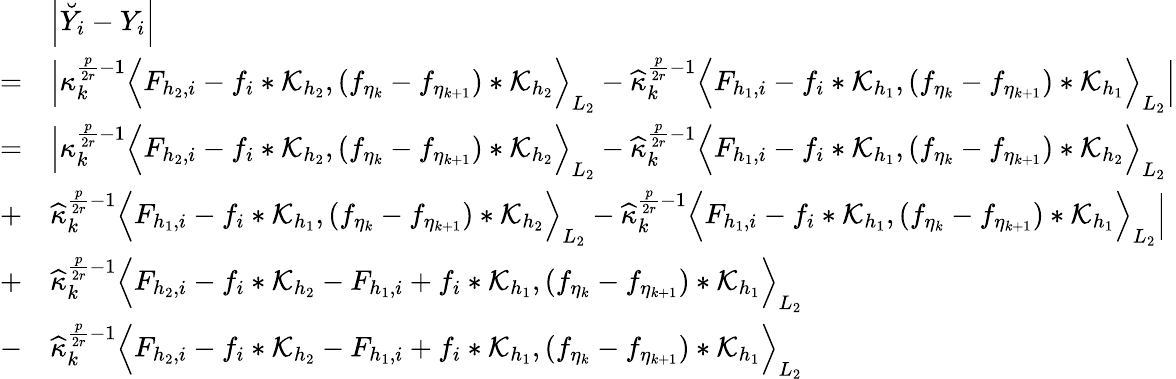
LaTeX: \begin{array}{rl}&{\Big|\breve{Y}_{i}-Y_{i}\Big|}\\ {=}&{\Big|\kappa_{k}^{\frac{p}{2r}-1}\Big\langle F_{{h_{2}},i}-f_{i}*\mathcal{K}_{h_{2}},(f_{\eta_{k}}-f_{\eta_{k+1}})*\mathcal{K}_{h_{2}}\Big\rangle_{L_{2}}-\widehat{\kappa}_{k}^{\frac{p}{2r}-1}\Big\langle F_{{h_{1}},i}-f_{i}*\mathcal{K}_{h_{1}},(f_{\eta_{k}}-f_{\eta_{k+1}})*\mathcal{K}_{h_{1}}\Big\rangle_{L_{2}}\Big|}\\ {=}&{\Big|\kappa_{k}^{\frac{p}{2r}-1}\Big\langle F_{{h_{2}},i}-f_{i}*\mathcal{K}_{h_{2}},(f_{\eta_{k}}-f_{\eta_{k+1}})*\mathcal{K}_{h_{2}}\Big\rangle_{L_{2}}-\widehat{\kappa}_{k}^{\frac{p}{2r}-1}\Big\langle F_{{h_{1}},i}-f_{i}*\mathcal{K}_{h_{1}},(f_{\eta_{k}}-f_{\eta_{k+1}})*\mathcal{K}_{h_{2}}\Big\rangle_{L_{2}}}\\ {+}&{\widehat{\kappa}_{k}^{\frac{p}{2r}-1}\Big\langle F_{{h_{1}},i}-f_{i}*\mathcal{K}_{h_{1}},(f_{\eta_{k}}-f_{\eta_{k+1}})*\mathcal{K}_{h_{2}}\Big\rangle_{L_{2}}-\widehat{\kappa}_{k}^{\frac{p}{2r}-1}\Big\langle F_{{h_{1}},i}-f_{i}*\mathcal{K}_{h_{1}},(f_{\eta_{k}}-f_{\eta_{k+1}})*\mathcal{K}_{h_{1}}\Big\rangle_{L_{2}}\Big|}\\ {+}&{\widehat{\kappa}_{k}^{\frac{p}{2r}-1}\Big\langle F_{{h_{2}},i}-f_{i}*\mathcal{K}_{h_{2}}-F_{{h_{1}},i}+f_{i}*\mathcal{K}_{h_{1}},(f_{\eta_{k}}-f_{\eta_{k+1}})*\mathcal{K}_{h_{1}}\Big\rangle_{L_{2}}}\\ {-}&{\widehat{\kappa}_{k}^{\frac{p}{2r}-1}\Big\langle F_{{h_{2}},i}-f_{i}*\mathcal{K}_{h_{2}}-F_{{h_{1}},i}+f_{i}*\mathcal{K}_{h_{1}},(f_{\eta_{k}}-f_{\eta_{k+1}})*\mathcal{K}_{h_{1}}\Big\rangle_{L_{2}}}\end{array}